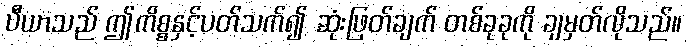
ပီယာသည် ဤကိစ္စနှင့်ပတ်သက်၍ ဆုံးဖြတ်ချက် တစ်ခုခုကို ချမှတ်လိုသည်။